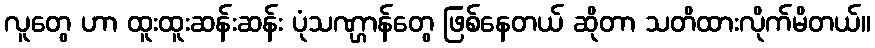
လူတွေ ဟာ ထူးထူးဆန်းဆန်း ပုံသဏ္ဌာန်တွေ ဖြစ်နေတယ် ဆိုတာ သတိထားလိုက်မိတယ်။